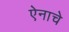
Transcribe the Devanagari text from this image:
ऐनाचे